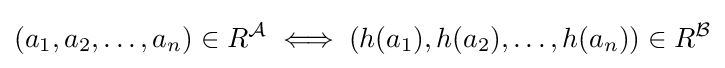
(a_{1},a_{2},\dots ,a_{n})\in R^{\mathcal {A}}\iff (h(a_{1}),h(a_{2}),\dots ,h(a_{n}))\in R^{\mathcal {B}}